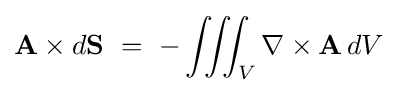
\mathbf {A} \times d\mathbf {S} \ =\ -\iiint _{V}\nabla \times \mathbf {A} \,dV